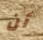
أن